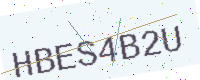
Text: HBES4B2U